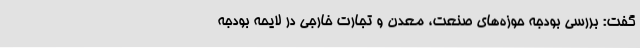
گفت: بررسی بودجه حوزه‌های صنعت، معدن و تجارت خارجی در لایحه بودجه